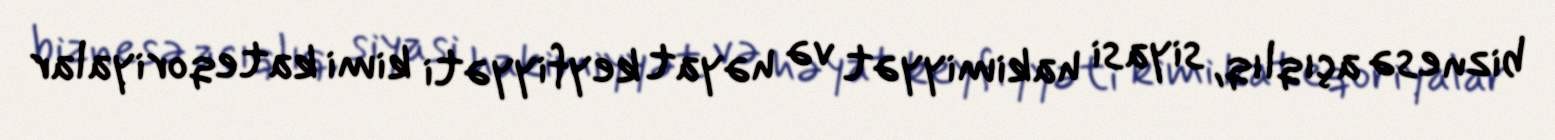
biznesə açıqlıq, siyasi hakimiyyət və həyat keyfiyyəti kimi kateqoriyalar